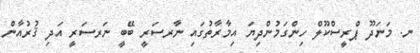
ނ. މަނަދޫ ޕްރީސްކޫލް ހިންގަމުންދިޔަ އިމާރާތުގައި ނާރސަރީ ބޭބީ ނަރސަރީ އަދި ޤުރުއާން